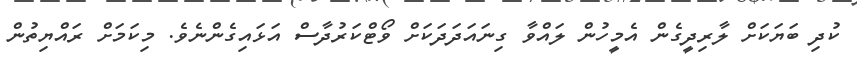
ކުދި ބަޔަކަށް ލާރިދީގެން އެމީހުން ލައްވާ ގިނައަދަދަކަށް ވޯޓްކަރުދާސް އަޅައިގެންނެވެ. މިކަމަށް ރައްޔިތުން